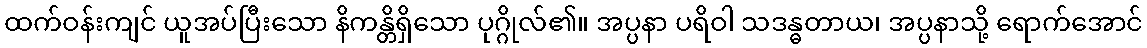
ထက်ဝန်းကျင် ယူအပ်ပြီးသော နိကန္တိရှိသော ပုဂ္ဂိုလ်၏။ အပ္ပနာ ပရိဝါ သဒန္ဓတာယ၊ အပ္ပနာသို့ ရောက်အောင်